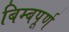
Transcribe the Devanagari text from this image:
बिम्बपूर्ण